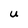
Character: U